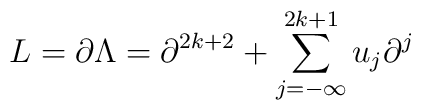
L=\partial \Lambda =\partial ^{2k+2}+\sum_{j=-\infty}^{2k+1}u_j\partial ^j